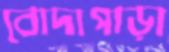
বোদাপাড়া